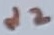
Text: d2